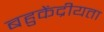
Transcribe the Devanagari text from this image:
बहुकेंद्रीयता